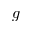
g